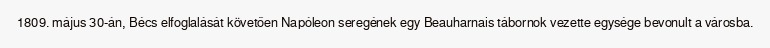
1809. május 30-án, Bécs elfoglalását követően Napóleon seregének egy Beauharnais tábornok vezette egysége bevonult a városba.